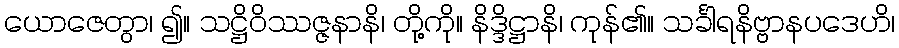
ယောဇေတွာ၊ ၍။ သဋ္ဌိဝိဿဇ္ဇနာနိ၊ တို့ကို။ နိဒ္ဒိဋ္ဌာနိ၊ ကုန်၏။ သင်္ခါရနိဗ္ဗာနပဒေဟိ၊